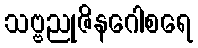
သဗ္ဗညုဇိနဂေါစရေ